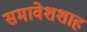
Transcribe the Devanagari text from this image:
समावेशशाह